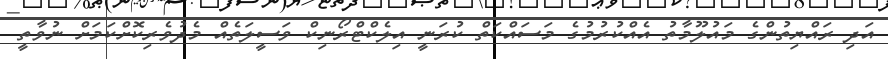
އަދި ރައްޔިތުންގެ މައުލޫމާތު އެއްކުރުމުގެ މަސައްކަތް ކުރަނީ އިލެކްޓްރޯނިކް ވަސީލަތެއް މެދުވެރިކޮށްކަމަށް ނުވާތީ